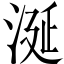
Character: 涎